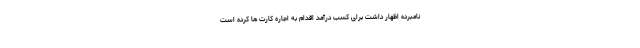
نامبرده اظهار داشت برای کسب درآمد اقدام به اجاره کارت ها کرده است